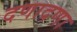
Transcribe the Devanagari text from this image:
दणादणा